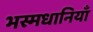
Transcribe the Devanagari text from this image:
भस्मधानियाँ